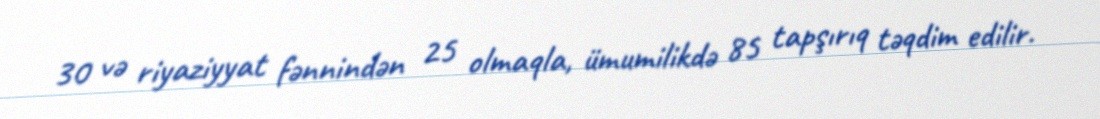
30 və riyaziyyat fənnindən 25 olmaqla, ümumilikdə 85 tapşırıq təqdim edilir.